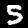
Label: 5